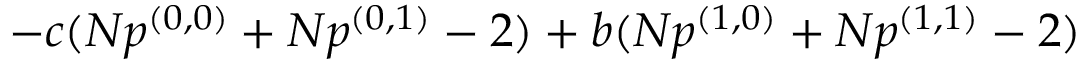
- c ( N p ^ { ( 0 , 0 ) } + N p ^ { ( 0 , 1 ) } - 2 ) + b ( N p ^ { ( 1 , 0 ) } + N p ^ { ( 1 , 1 ) } - 2 )